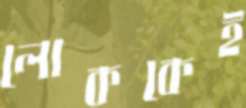
লোককেই